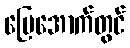
မြေအောက်တွင်